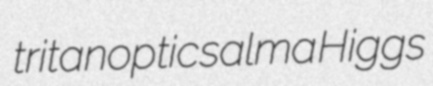
tritanoptic salma Higgs